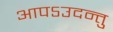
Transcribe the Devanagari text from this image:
आपऽउदन्तु